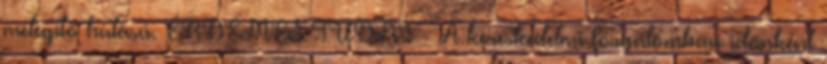
melegítő hatású. ÉRDEMES TUDNI - A kereskedelmi forgalomban időnként